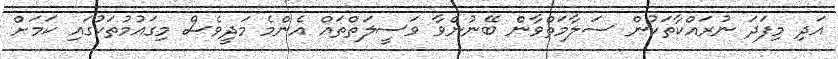
އަދި މިފަދަ ނުރައްކާތަކުން ސަލާމަތްވާން ބޭނުންވާ ވަސީލަތްތައް އެންމެ މަދީވެސް މިގައުމުތަކުގައި ކަމަށް